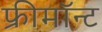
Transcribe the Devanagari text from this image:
फ्रीमॉन्‍ट